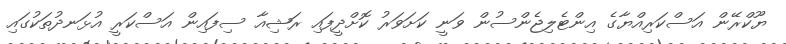
ޔޫކްރޭން އަސްކަރިއްޔާގެ އިންޓެލިޖެންސުން ވަނީ ކަށަވަރު ކޮށްދީފައި ރަޝިއާ ސިފައިން އަސްކަރީ އުޅަނދުތަކުގައި